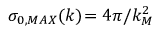
\sigma _ { 0 , M A X } ( k ) \! = 4 \pi / k _ { M } ^ { 2 }